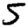
Digit: 5